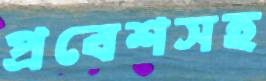
প্রবেশসহ